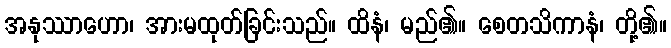
အနုဿာဟော၊ အားမထုတ်ခြင်းသည်။ ထိနံ၊ မည်၏။ စေတသိကာနံ၊ တို့၏။